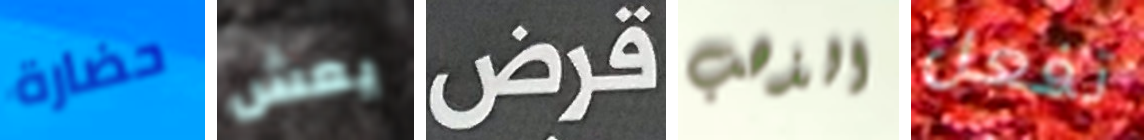
حضارة يعش قرض الذهب تفعل